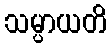
သမ္ပာယတိ